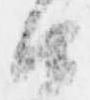
由